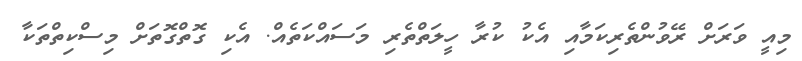
މިއީ ވަރަށް ރޭވުންތެރިކަމާއި އެކު ކުރާ ހީލަތްތެރި މަސައްކަތެއް. އެކި ގޮތްގޮތަށް މިސްކިތްތަކާ